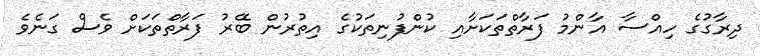
ދިރާގުގެ ހިއްސާ އާންމު ފަރާތްތަކަށާއި ކުންފުނިތަކުގެ އިތުރުން ބޭރު ފަރާތްތަކަށް ވެސް ގަނެވެ